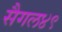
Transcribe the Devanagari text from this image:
सैगल४९